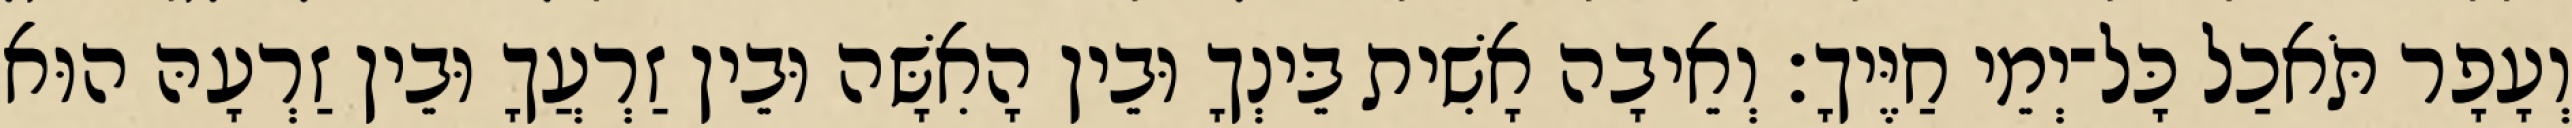
וְעָפָר תֹּאכַל כָּל־יְמֵי חַיֶּיךָ׃ וְאֵיבָה אָשִׁית בֵּינְךָ וּבֵין הָאִשָּׁה וּבֵין זַרְעֲךָ וּבֵין זַרְעָהּ הוּא